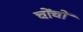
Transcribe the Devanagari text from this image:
चोंचों